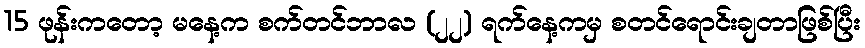
15 ဖုန်းကတော့ မနေ့က စက်တင်ဘာလ (၂၂) ရက်နေ့ကမှ စတင်ရောင်းချတာဖြစ်ပြီး